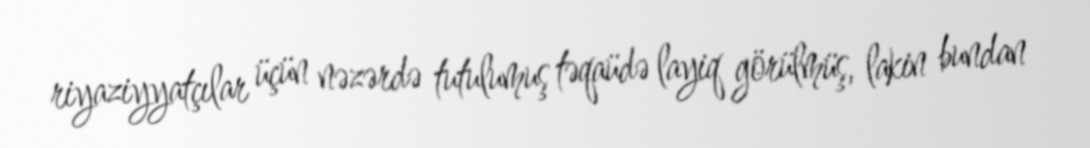
riyaziyyatçılar üçün nəzərdə tutulumuş təqaüdə layiq görülmüş, lakin bundan